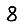
Digit: 8